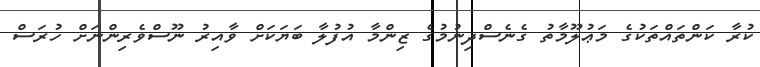
ކުރާ ކަންތައްތަކުގެ މަޢުލޫމާތު ގެނެސްދިނުމުގެ ޒިންމާ އުފުލާ ބަޔަކަށް ވާއިރު ނޫސްވެރިންނަށް ހުރަސް